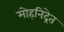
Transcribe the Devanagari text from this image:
मोहनिद्रेत